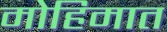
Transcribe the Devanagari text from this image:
मोहिमात